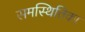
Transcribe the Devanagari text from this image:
समस्थितिका